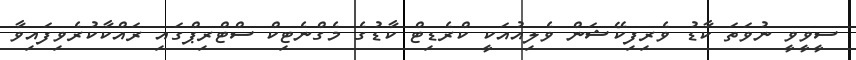
ސީވީވީ ނުވަތަ ކާޑު ވެރިފިކޭޝަން ވެލިއުއަކީ ކްރެޑިޓް ކާޑުގެ މެގްނެޓިކް ސްޓްރިޕްގައި ރައްކާކުރެވިފައިވާ